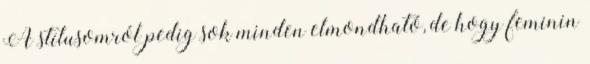
A stílusomról pedig sok minden elmondható, de hogy feminin